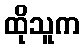
ထိုသူက